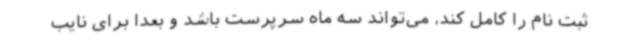
ثبت نام را کامل کند، می‌تواند سه ماه سرپرست باشد و بعدا برای نایب